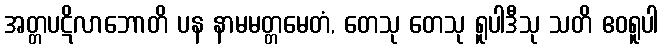
အတ္တပဋိလာဘောတိ ပန နာမမတ္တမေတံ, တေသု တေသု ရူပါဒီသု သတိ ဧဝရူပါ